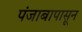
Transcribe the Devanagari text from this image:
पंजाबापासून